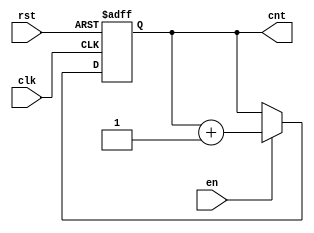
module up_counter (
    input wire clk,       // Clock signal
    input wire en,       // Enable signal
    input wire rst,      // Asynchronous reset signal
    output reg [3:0] cnt // 4-bit counter output (adjust width as needed)
);

    // Always block triggered on the rising edge of the clock
    always @(posedge clk or posedge rst) begin
        if (rst) begin
            // If reset is asserted, set count to zero
            cnt <= 4'b0000;
        end else if (en) begin
            // If enable is asserted, increment the counter
            cnt <= cnt + 1;
        end
        // If enable is not asserted, retain the current count value
    end

endmodule